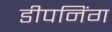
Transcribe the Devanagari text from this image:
डीपनिंग